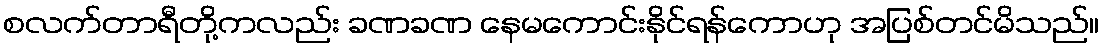
စလက်တာရီတို့ကလည်း ခဏခဏ နေမကောင်းနိုင်ရန်ကောဟု အပြစ်တင်မိသည်။